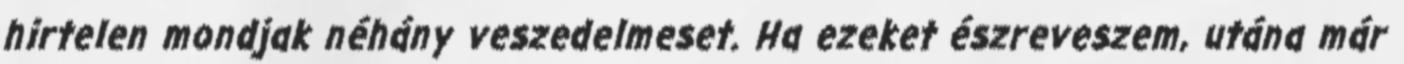
hirtelen mondjak néhány veszedelmeset. Ha ezeket észreveszem, utána már